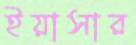
ইয়াসার